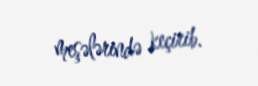
meşələrində keçirib.